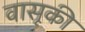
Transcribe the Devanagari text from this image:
वासूकी